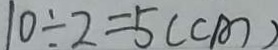
1 0 \div 2 = 5 ( c m )